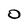
Character: 0